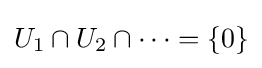
U_{1}\cap U_{2}\cap \cdots =\{0\}